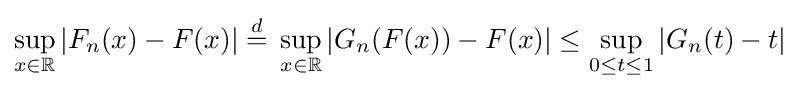
\sup _{x\in \mathbb {R} }|F_{n}(x)-F(x)|\;{\stackrel {d}{=}}\;\sup _{x\in \mathbb {R} }|G_{n}(F(x))-F(x)|\leq \sup _{0\leq t\leq 1}|G_{n}(t)-t|